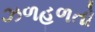
ઝળહળતો